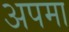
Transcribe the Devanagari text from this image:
अपमा